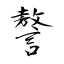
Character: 謷